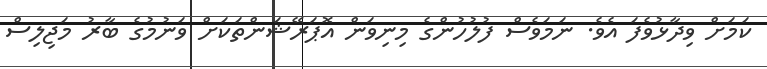
ކަމަށް ވިދާޅުވެފަ އެވެ. ނަމަވެސް ފުލުހުންގެ މިނިވަން އޮޕަރޭޝަންތަކަށް ވަނުމުގެ ބާރު މަޖިލިސް